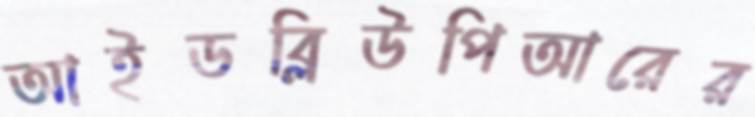
আইডব্লিউপিআরের